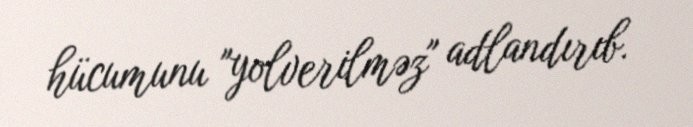
hücumunu "yolverilməz" adlandırıb.